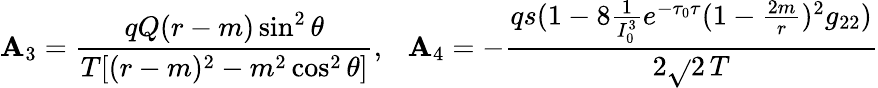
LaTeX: \mathbf{A}_{3}={\frac{{qQ(r-m)\sin^{2}\theta}}{{T[(r-m)^{2}-m^{2}\cos^{2}\theta]}}},\ \ \ \mathbf{A}_{4}=-{\frac{{qs(1-8{\frac{{1}}{{I_{0}^{3}}}}e^{-\tau_{0}\tau}(1-{\frac{{2m}}{{r}}})^{2}g_{22})}}{{2\sqrt{}{{2}}\, T}}}